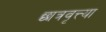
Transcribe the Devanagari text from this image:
छात्रवृत्त्या